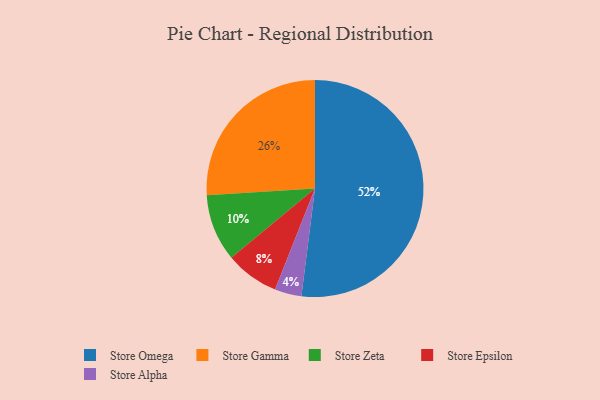
{"axis": {"x": "Category", "y": "Percentage"}, "legend": ["Store Alpha", "Store Epsilon", "Store Gamma", "Store Omega", "Store Zeta"], "data": [{"x": "Store Gamma", "y": 26, "type": "Store Gamma"}, {"x": "Store Omega", "y": 52, "type": "Store Omega"}, {"x": "Store Epsilon", "y": 8, "type": "Store Epsilon"}, {"x": "Store Zeta", "y": 10, "type": "Store Zeta"}, {"x": "Store Alpha", "y": 4, "type": "Store Alpha"}]}